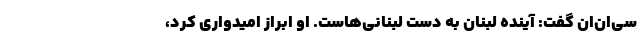
سی‌ان‌ان گفت: آینده لبنان به دست لبنانی‌هاست. او ابراز امیدواری کرد،